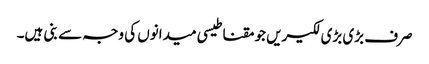
صرف بڑی بڑی لکیریں جو مقناطیسی میدانوں کی وجہ سے بنی ہیں۔